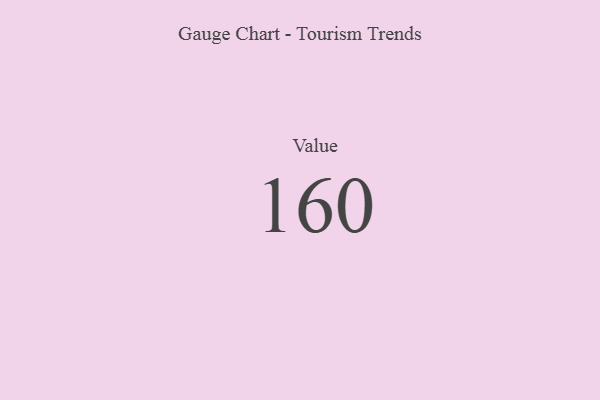
{"axis": {"x": "Metric", "y": "Value"}, "legend": [""], "data": [{"x": "Value", "y": 160, "type": ""}]}